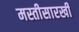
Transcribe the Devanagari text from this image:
मस्तीसारखी